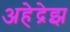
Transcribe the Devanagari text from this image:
अहेद्रेझ